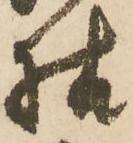
様